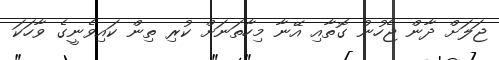
ޖަލަށް ދާން ޖެހުނު ގޮތާއި އޭނާ މިހާތަނަށް ކުރި ތިން ކައިވެނީގެ ވާހަކަ